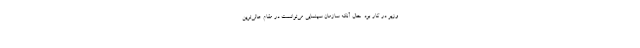
وزیر در کار بود. حال آنکه سازمان سینمایی می‌توانست در مقام عالی‌ترین